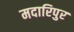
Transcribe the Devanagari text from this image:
मदारिपुर